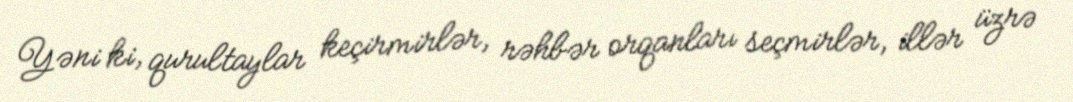
Yəni ki, qurultaylar keçirmirlər, rəhbər orqanları seçmirlər, illər üzrə